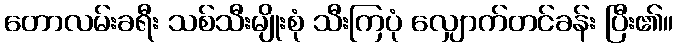
တောလမ်းခရီး သစ်သီးမျိုးစုံ သီးကြပုံ လျှောက်တင်ခန်း ပြီး၏။